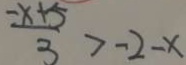
\frac { - x + 5 } { 3 } > - 2 - x